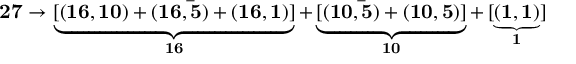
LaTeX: { \bf 2 7 } \rightarrow \underbrace { [ ( { \bf 1 6 , 1 0 } ) + ( { \bf 1 6 , \bar { 5 } } ) + ( { \bf 1 6 , 1 } ) ] } _ { \bf 1 6 } + \underbrace { [ ( { \bf 1 0 , \bar { 5 } } ) + ( { \bf 1 0 , 5 } ) ] } _ { \bf 1 0 } + \underbrace { [ ( { \bf 1 , 1 } ) ] } _ { { \bf 1 } }